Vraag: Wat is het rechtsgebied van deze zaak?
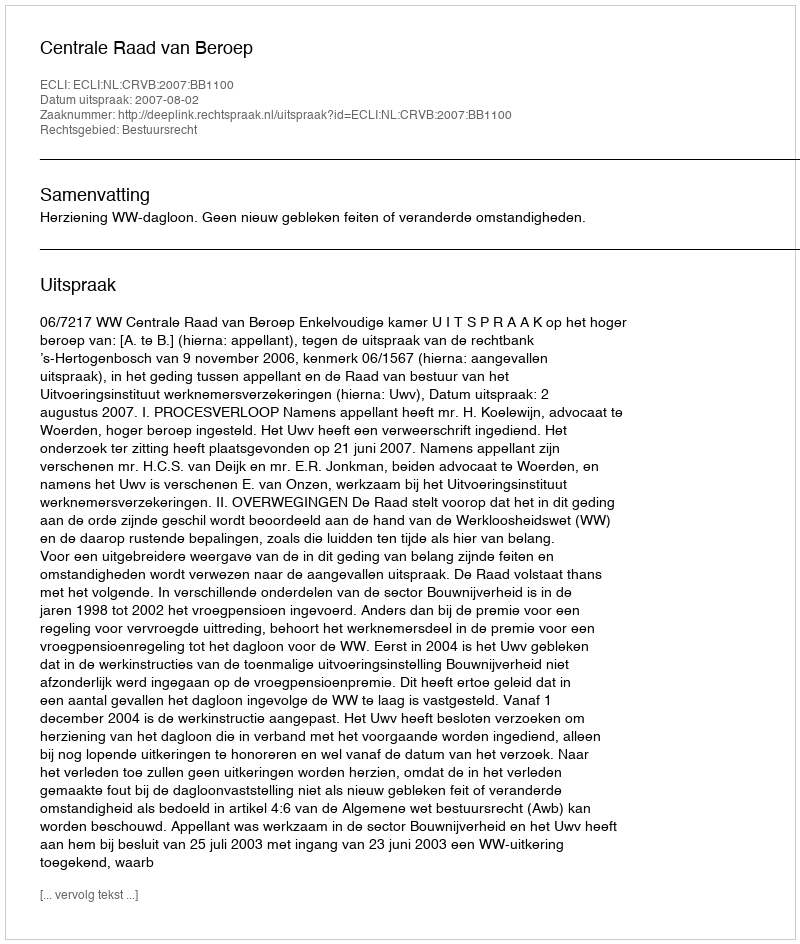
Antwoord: Bestuursrecht